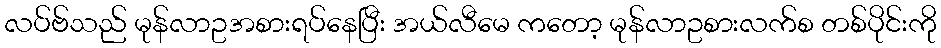
လပ်ဗ်သည် မုန်လာဥအစားရပ်နေပြီး အယ်လီမေ ကတော့ မုန်လာဥစားလက်စ တစ်ပိုင်းကို